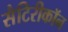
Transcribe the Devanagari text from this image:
सैटिरीकॉन